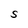
Character: S